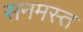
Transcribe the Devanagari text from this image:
सनमस्त